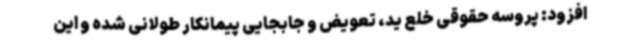
افزود: پروسه حقوقی خلع ید، تعویض و جابجایی پیمانکار طولانی شده و این